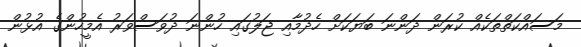
މަސައްކަތްތަކެއް ކުރަން ދަންނަ ބަޔަކަށް ހެދުމާއި ޖަލުގައި ހުންނަ ދުވަސްވަރު އެމީހުންގެ އުޅުން